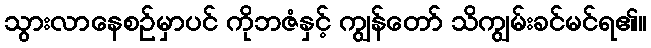
သွားလာနေစဉ်မှာပင် ကိုဘဇံနှင့် ကျွန်တော် သိကျွမ်းခင်မင်ရ၏။